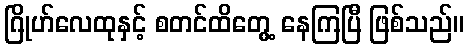
ဂြိုဟ်လေထုနှင့် စတင်ထိတွေ့ နေကြပြီ ဖြစ်သည်။